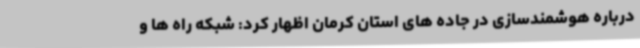
درباره هوشمندسازی در جاده های استان کرمان اظهار کرد: شبکه راه ها و